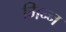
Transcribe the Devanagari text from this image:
मिन्न